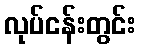
လုပ်ငန်းတွင်း